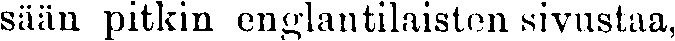
sään pitkin englantilaisten sivustaa,